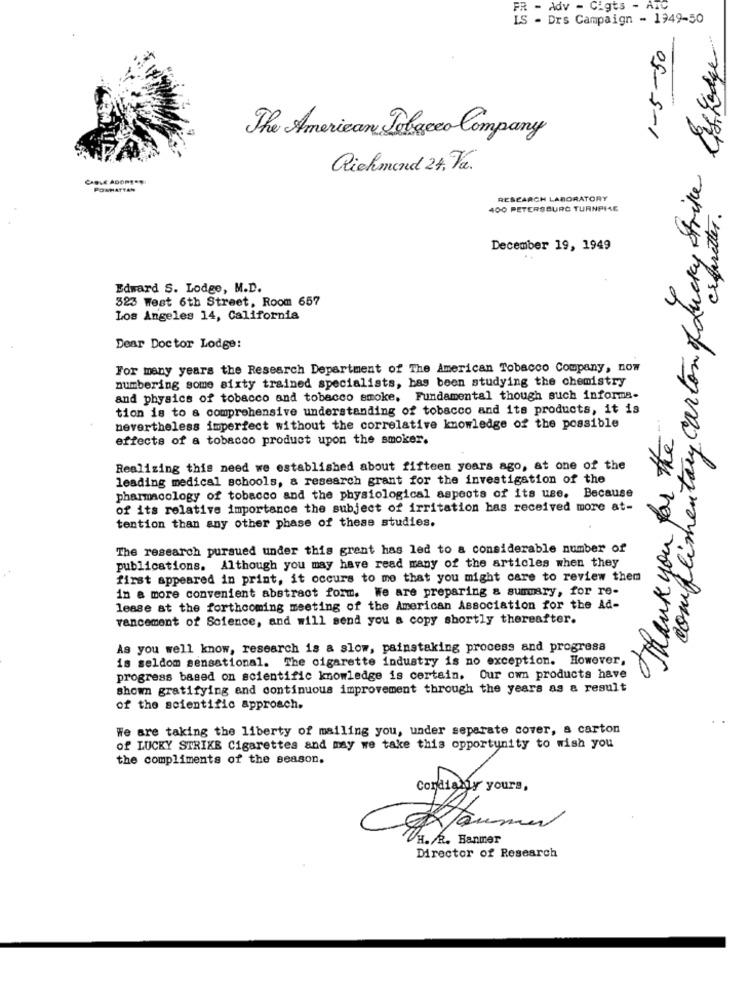
- Adv - Cigts - ATC
IS - Drs Campaign - 1949-50
complimentary carton of Lucky strike Eggedge
1-5-50
The American Tobacco Company
Richmond 24, Va.
CABLE ADOPERO
POWHATTAR
RESEARCH LABORATORY
400 PETERSBURG TURNPIKE
December 19, 1949
Edward S. Lodge, M.D.
523 West 6th Street, Room 657
Los Angeles 14, California
Dear Doctor Lodge:
For many years the Research Department of The American Tobacco Company, now
numbering some sixty trained specialists, bas been studying the chemistry
and physics of tobacco and tobacco smoke. Fundamental though such informa-
tion is to a comprehensive understanding of tobacco and its products, it is
nevertheless imperfect without the correlative knowledge of the possible
Thank you for the
effects of a tobacco product upon the smoker.
Realizing this need we established about fifteen years ago, at one of the
leading medical schools, & research grant for the investigation of the
pharmacology of tobacco and the physiological aspects of its use. Because
of its relative importance the subject of irritation has received more at-
tention than any other phase of these studies.
The research pursued under this grent has led to a considerable number of
publications. Although you may have read many of the articles when they
first appeared in print, it occurs to me that you might care to review them
in a more convenient abstract form. We are preparing & summary, for re-
lease at the forthcoming meeting of the American Association for the Ad-
vancement of Science, and will send you a copy shortly thereafter.
As you well know, research is a slow, painstaking process and progress
is seldom sensational. The cigarette industry is no exception. However,
progress based on scientific knowledge is certain. Our own products have
shown gratifying and continuous improvement through the years as a result
of the scientific approach.
We are taking the liberty of mailing you, under separate cover, a carton
of LUCKY STRIKE Cigarettes and may we take this opportunity to wish you
the compliments of the season.
Rammer
H.R. Banmer
Director of Research